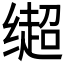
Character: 𬙄